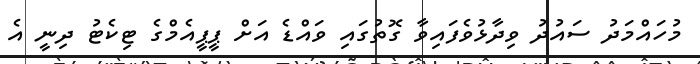
މުހައްމަދު ސައުދު ވިދާޅުވެފައިވާ ގޮތުގައި ވައްޑެ އަށް ޕީޕީއެމްގެ ޓިކެޓު ދިނީ އެ